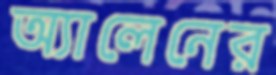
অ্যালেনের